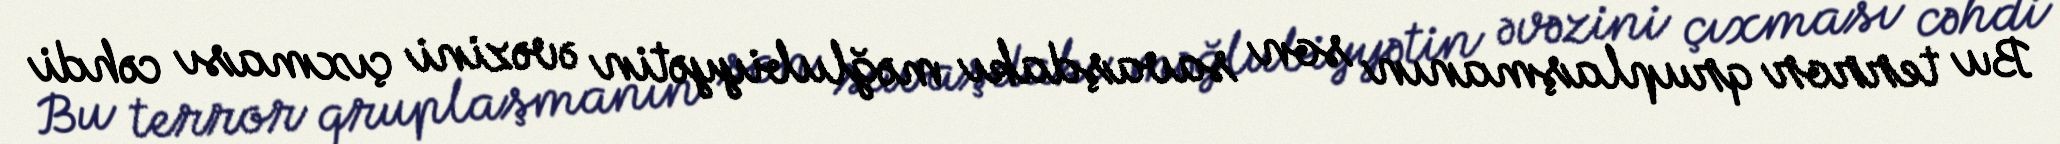
Bu terror qruplaşmanın son savaşdakı məğlubiyyətin əvəzini çıxması cəhdi